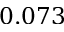
0 . 0 7 3